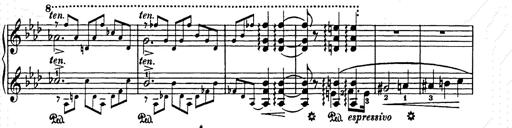
Title: Elegy No.1
Composer: Franz Liszt
Key: A-flat major